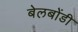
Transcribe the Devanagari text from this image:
बेलबोंडी